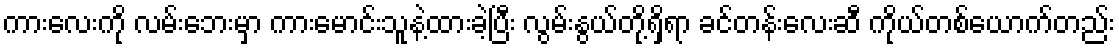
ကားလေးကို လမ်းဘေးမှာ ကားမောင်းသူနဲ့ထားခဲ့ပြီး လွမ်းနွယ်တို့ရှိရာ ခင်တန်းလေးဆီ ကိုယ်တစ်ယောက်တည်း